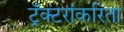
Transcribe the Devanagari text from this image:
ट्रॅक्टरांकरिता